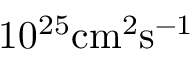
1 0 ^ { 2 5 } \mathrm { c m } ^ { 2 } \mathrm { s } ^ { - 1 }